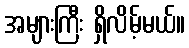
အများကြီး ရှိလိမ့်မယ်။